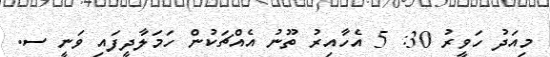
މިއަދު ހަވީރު 30: 5 އެހާއިރު ތޫނު އެއްޗަކުން ހަމަލާދީފައި ވަނީ ސ.